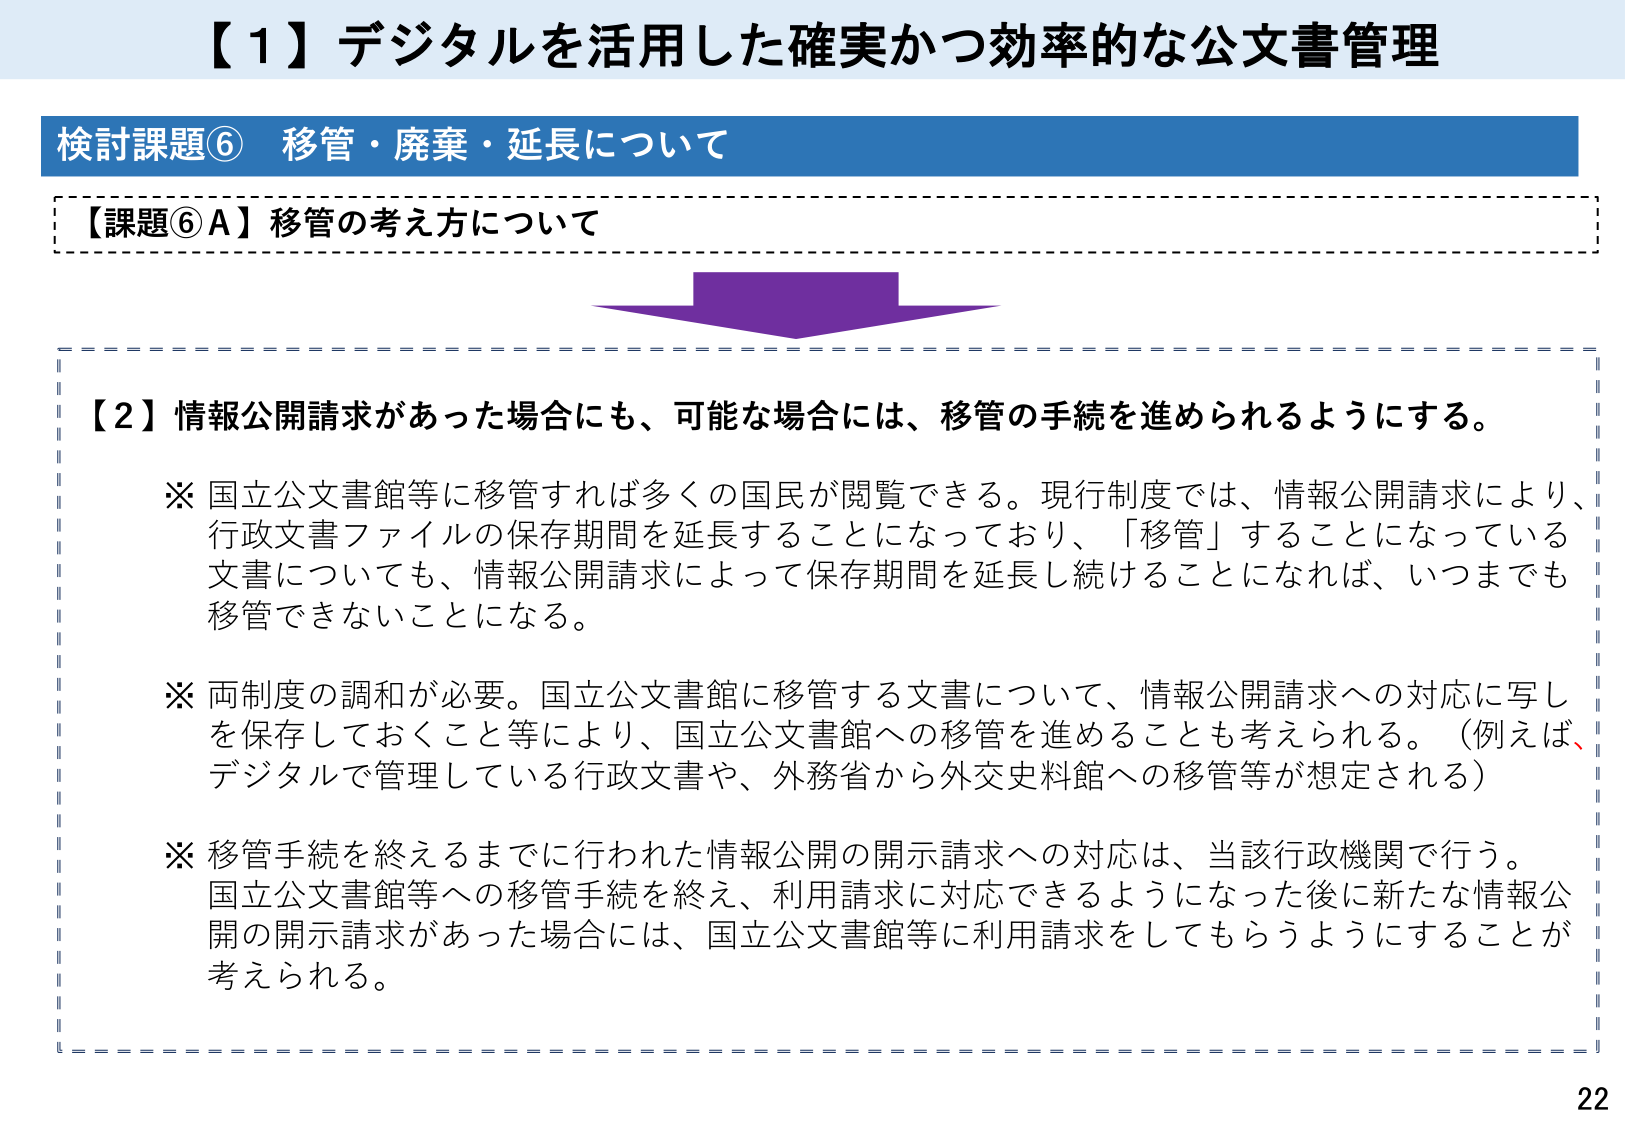
【１】デジタルを活用した確実かつ効率的な公文書管理

検討課題⑥ 移管・廃棄・延長について

【課題⑥Ａ】移管の考え方について

【２】情報公開請求があった場合にも、可能な場合には、移管の手続を進められるようにする。

※ 国立公文書館等に移管すれば多くの国民が閲覧できる。現行制度では、情報公開請求により、行政文書ファイルの保存期間を延長することになっており、「移管」することになっている文書についても、情報公開請求によって保存期間を延長し続けることになれば、いつまでも移管できないことになる。

※ 両制度の調和が必要。国立公文書館に移管する文書について、情報公開請求への対応に写しを保存しておくこと等により、国立公文書館への移管を進めることも考えられる。（例えば、デジタルで管理している行政文書や、外務省から外交史料館への移管等が想定される）

※ 移管手続を終えるまでに行われた情報公開の開示請求への対応は、当該行政機関で行う。国立公文書館等への移管手続を終え、利用請求に対応できるようになった後に新たな情報公開の開示請求があった場合には、国立公文書館等に利用請求をしてもらうようにすることが考えられる。

22